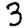
Digit: 3